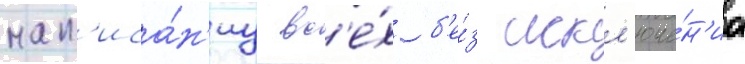
нап'иса́н'иу вс'е́х б'е́з искл'юче́н'иа